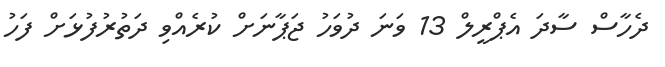
ދެހާސް ސާދަ އެޕްރީލް 13 ވަނަ ދުވަހު ޖަޕާނަށް ކުރެއްވި ދަތުރުފުޅަށް ފަހު